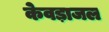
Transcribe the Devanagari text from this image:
केवड़ाजल